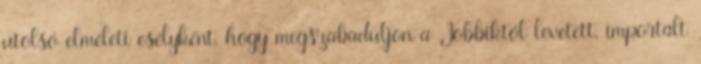
utolsó elméleti esélyként, hogy megszabaduljon a Jobbiktól levetett, im­portált